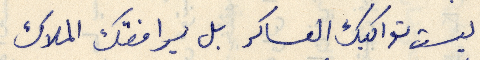
ليست تواكبك العساكر بل يرافقك الملاك